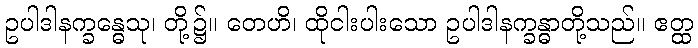
ဥပါဒါနက္ခန္ဓေသု၊ တို့၌။ တေဟိ၊ ထိုငါးပါးသော ဥပါဒါနက္ခန္ဓာတို့သည်။ ဧတ္ထ